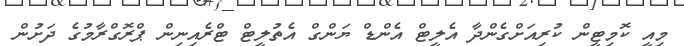
މިއީ ކޮމިޓީން ކުރިއަށްގެންދާ އެލީޓް އެންޑް ޔަންގް އެތުލީޓް ޓްރެއިނިން ޕްރޮގްރާމުގެ ދަށުން